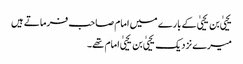
یحییٰ بن یحییٰ کے بارے میں امام صاحب فرماتے ہیں
میرے نزدیک یحییٰ بن یحییٰ امام تھے۔